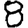
Digit: 8